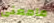
مامعنى